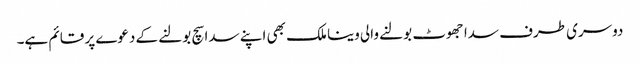
دوسری طرف سدا جھوٹ بولنے والی وینا ملک بھی اپنے سدا سچ بولنے کے دعوے پر قائم ہے۔